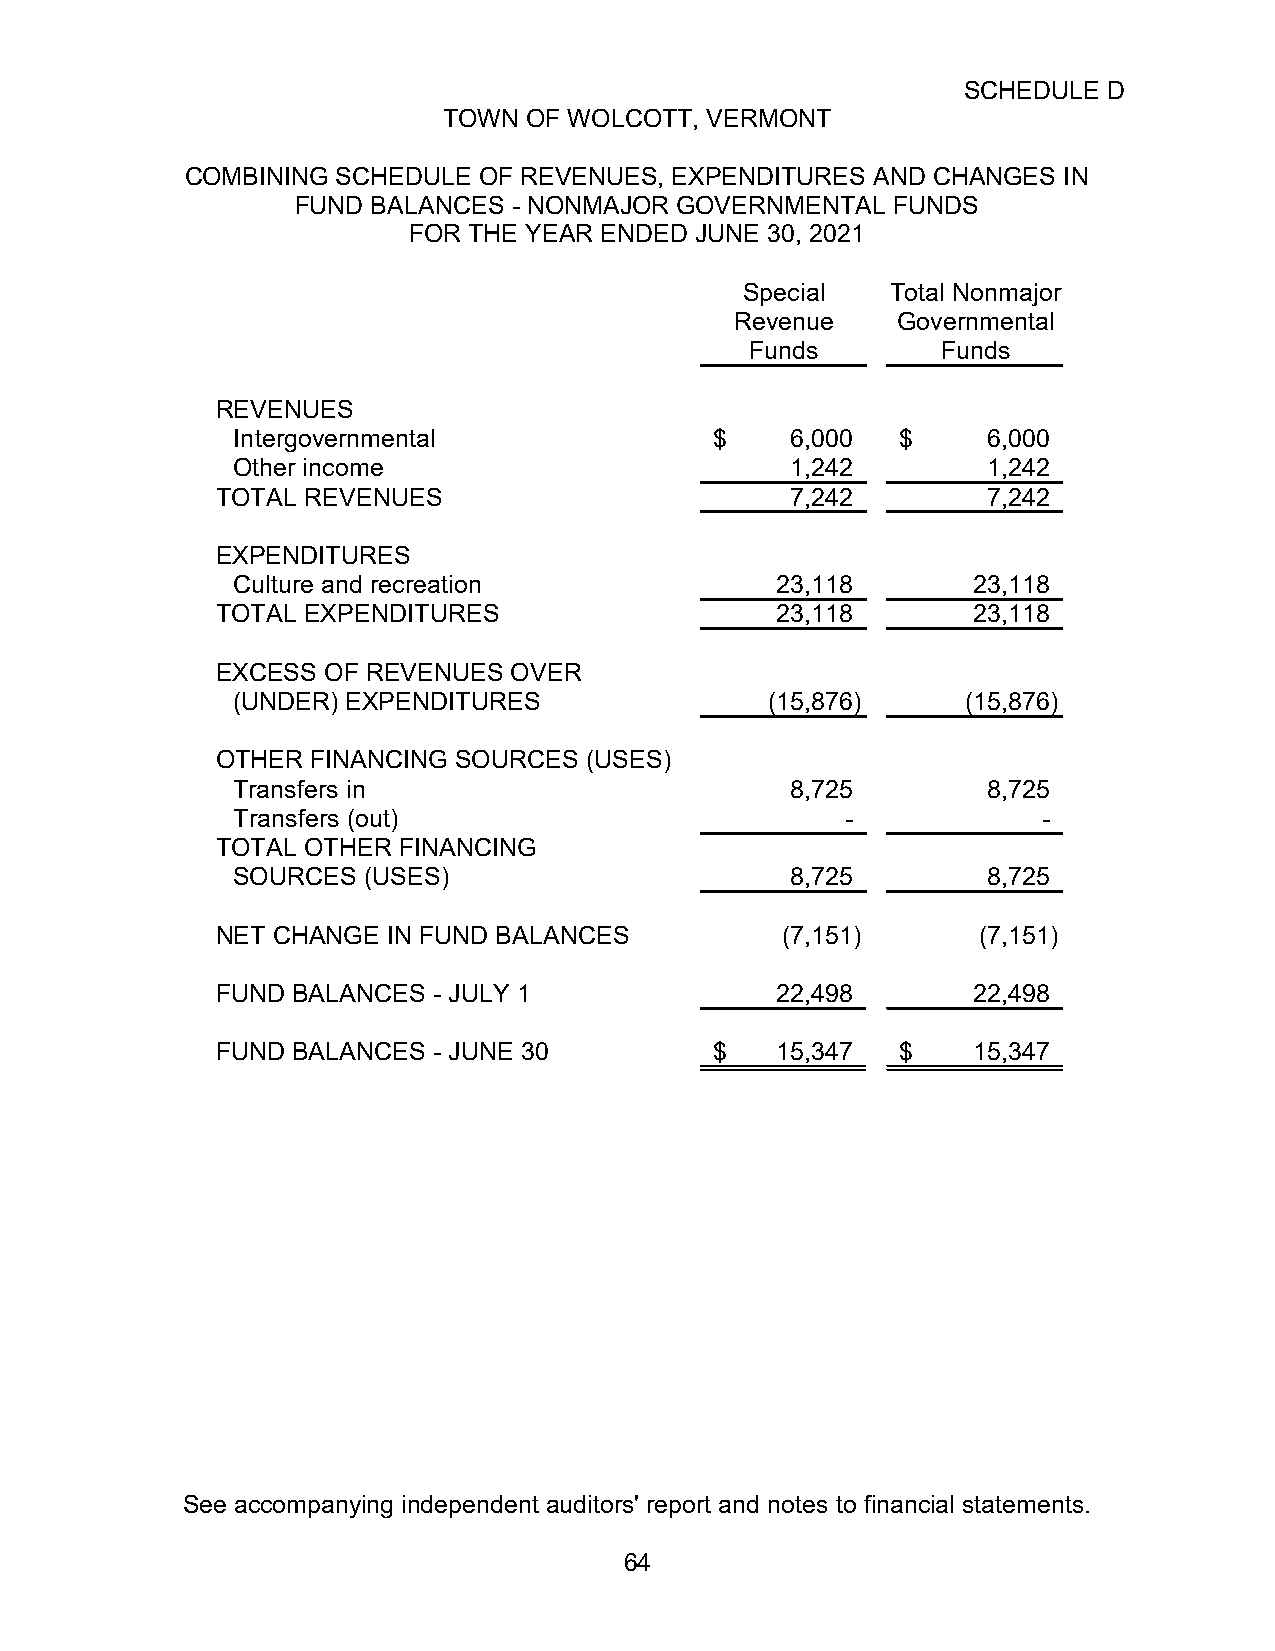
SCHEDULE D
 TOWN  OF WOLCOTT, VERMONT
 COMBINING SCHEDULE  OF REVENUES, EXPENDITURES AND CHANGES IN
 FUND BALANCES - NONMAJOR GOVERNMENTAL  FUNDS
 FOR THE YEAR ENDED JUNE 30, 2021
 Special   Total Nonmajor
 Revenue   Governmental
 Funds       Funds
 REVENUES
 Intergovernmental               $    6,000   $    6,000
 Other income                         1,242        1,242
 TOTAL REVENUES                        7,242        7,242
 EXPENDITURES
 Culture and recreation              23,118       23,118
 TOTAL EXPENDITURES                   23,118       23,118
 EXCESS  OF REVENUES OVER
 (UNDER) EXPENDITURES                ( 15,876)    (15,876)
 OTHER  FINANCING SOURCES (USES)
 Transfers in                         8,725        8,725
 Transfers (out)                          -            -
 TOTAL OTHER FINANCING
 SOURCES  (USES)                      8,725        8,725
 NET CHANGE  IN FUND BALANCES          ( 7,151)     (7,151)
 FUND BALANCES  - JULY 1              22,498       22,498
 FUND BALANCES  - JUNE 30         $   15,347   $   15,347
 See accompanying independent auditors' report and notes to financial statements.
 64